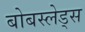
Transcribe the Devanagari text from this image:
बोबस्लेड्स